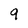
Character: 9